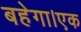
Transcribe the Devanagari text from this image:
बहेगा।एक